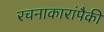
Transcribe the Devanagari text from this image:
रचनाकारांपैकी